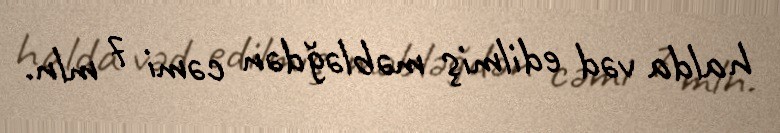
halda vəd edilmiş məbləğdən cəmi 7 mln.